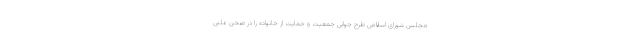
مجلس شورای اسلامی طرح جوانی جمعیت و حمایت از خانواده را در صحن علنی